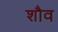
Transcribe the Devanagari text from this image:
शौव